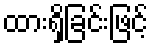
ထားရှိခြင်းဖြင့်